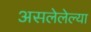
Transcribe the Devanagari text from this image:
असलेलेल्या